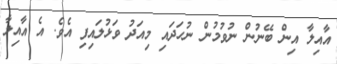
އާއިލާ އިން ބޭނުން ނުވުމުން ނުހަދައި މިއަދު ވަޅުލައިފި އެވެ. އެ އާއިލާ